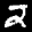
Label: 2